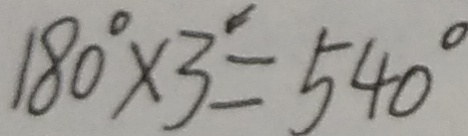
1 8 0 ^ { \circ } \times 3 ^ { \prime } = 5 4 0 ^ { \circ }